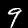
Label: 9